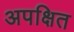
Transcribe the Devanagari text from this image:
अपक्षित